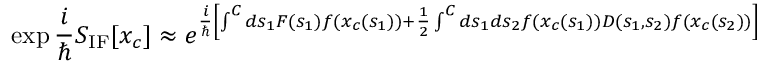
\exp { { \frac { i } { \hbar } } S _ { \mathrm { I F } } [ x _ { c } ] } \approx e ^ { { \frac { i } { \hbar } } \left[ \int ^ { \cal C } d s _ { 1 } F ( s _ { 1 } ) f ( x _ { c } ( s _ { 1 } ) ) + { \frac { 1 } { 2 } } \int ^ { \cal C } d s _ { 1 } d s _ { 2 } f ( x _ { c } ( s _ { 1 } ) ) D ( s _ { 1 } , s _ { 2 } ) f ( x _ { c } ( s _ { 2 } ) ) \right] }